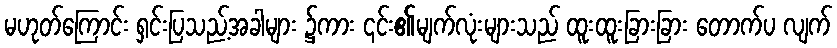
မဟုတ်ကြောင်း ရှင်းပြသည့်အခါများ ၌ကား ၎င်း၏မျက်လုံးများသည် ထူးထူးခြားခြား တောက်ပ လျက်